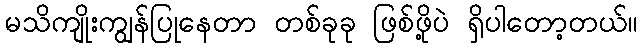
မသိကျိုးကျွန်ပြုနေတာ တစ်ခုခု ဖြစ်ဖို့ပဲ ရှိပါတော့တယ်။